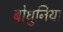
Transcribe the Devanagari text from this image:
बोधुनिया